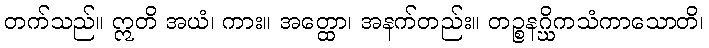
တက်သည်။ ဣတိ အယံ၊ ကား။ အတ္ထော၊ အနက်တည်း။ တဉ္စနဂ္ဃိကသံကာသောတိ၊